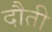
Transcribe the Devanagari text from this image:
दौती